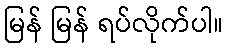
မြန် မြန် ရပ်လိုက်ပါ။